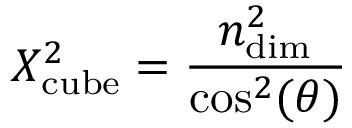
X _ { \mathrm { c u b e } } ^ { 2 } = \frac { n _ { \mathrm { d i m } } ^ { 2 } } { \cos ^ { 2 } ( \theta ) }